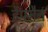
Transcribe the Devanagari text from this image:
हैपमैन